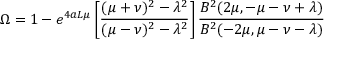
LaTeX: \Omega = 1 - e ^ { 4 a L \mu } \left[ \frac { ( \mu + \nu ) ^ { 2 } - \lambda ^ { 2 } } { ( \mu - \nu ) ^ { 2 } - \lambda ^ { 2 } } \right] \frac { B ^ { 2 } ( 2 \mu , - \mu - \nu + \lambda ) } { B ^ { 2 } ( - 2 \mu , \mu - \nu - \lambda ) }